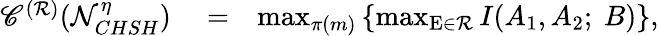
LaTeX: \begin{array}{rlr}{\mathscr{C}^{(\mathcal{R})}(\mathcal{N}_{CHSH}^{\eta})}&{{}=}&{\operatorname*{max}_{\pi(m)}\left\{ \operatorname*{max}_{\mathrm{E}\in\mathcal{R}}I(A_{1},A_{2};~B)\right\} ,}\end{array}